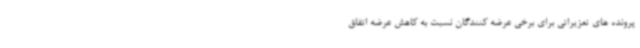
پرونده های تعزیراتی برای برخی عرضه کنندگان نسبت به کاهش عرضه اتفاق